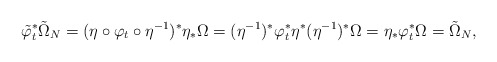
\begin{align*}\tilde \varphi_t^* \tilde \Omega_N = (\eta \circ \varphi_t \circ \eta^{-1})^* \eta_* \Omega = (\eta^{-1})^*\varphi_t^*\eta^*(\eta^{-1})^*\Omega=\eta_*\varphi_t^*\Omega = \tilde \Omega_N,\end{align*}